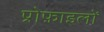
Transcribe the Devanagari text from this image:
प्रोफ़ाइलों